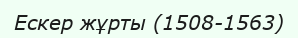
Ескер жұрты (1508-1563)